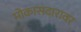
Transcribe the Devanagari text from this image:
मोकासदारावर